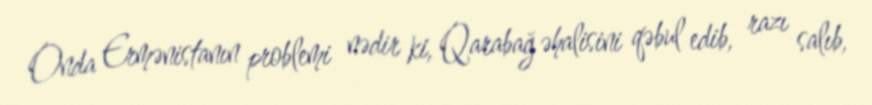
Onda Ermənistanın problemi nədir ki, Qarabağ əhalisini qəbul edib, razı salıb,